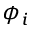
\phi _ { i }